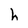
Character: h